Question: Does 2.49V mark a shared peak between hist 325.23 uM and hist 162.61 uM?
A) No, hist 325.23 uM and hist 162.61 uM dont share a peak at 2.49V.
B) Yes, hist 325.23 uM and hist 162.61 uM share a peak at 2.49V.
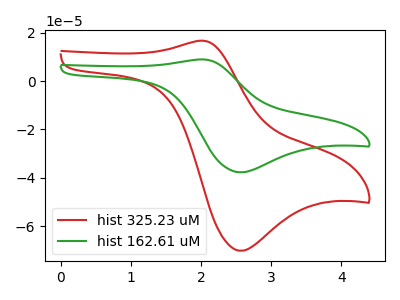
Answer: <think>The red curve "hist 325.23 uM" has an anodic peak at (2.05V, 16.75uA) and a cathodic peak at (2.55V, -70.25uA). The green curve "hist 162.61 uM" has an anodic peak at (2.05V, 9.00uA) and a cathodic peak at (2.55V, -37.75uA).</think>
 <answer>A) No, "hist 325.23 uM" and "hist 162.61 uM" dont share a peak at 2.49V.</answer>
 <eval>A</eval>